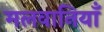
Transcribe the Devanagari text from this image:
मलवानियाँ